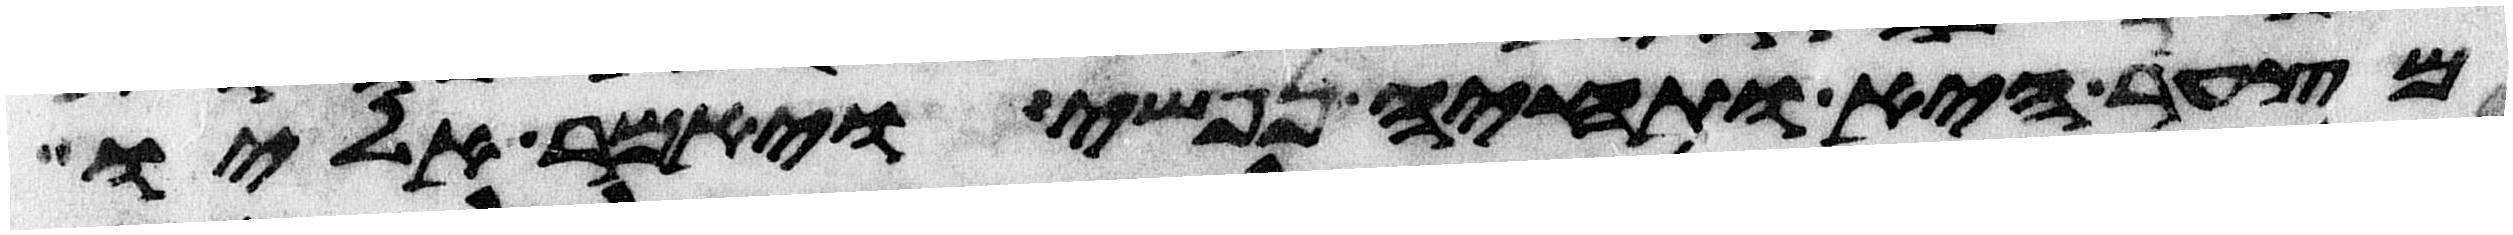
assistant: מצער היא ותחיה נפשי ויאמר אליו